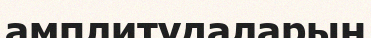
амплитудаларын